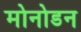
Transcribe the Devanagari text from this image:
मोनोडन